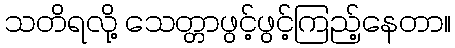
သတိရလို့ သေတ္တာဖွင့်ဖွင့်ကြည့်နေတာ။